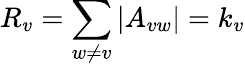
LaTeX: R_{v}=\sum_{w\neq v}|A_{vw}|=k_{v}